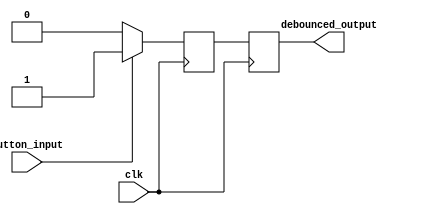
module debounce_circuit (
    input wire clk,
    input wire button_input,
    output reg debounced_output
);

reg state_reg, next_state_reg;

// State machine logic for debouncing
always @ (posedge clk) begin
    state_reg <= next_state_reg;
    case (state_reg)
        0: begin
            if (button_input) begin
                next_state_reg <= 1;
            end else begin
                next_state_reg <= 0;
            end
        end
        1: begin
            if (!button_input) begin
                next_state_reg <= 0;
            end else begin
                next_state_reg <= 1;
            end
        end
        default: next_state_reg <= 0;
    endcase
end

// Output the debounced signal
always @ (*) begin
    debounced_output = state_reg;
end

endmodule